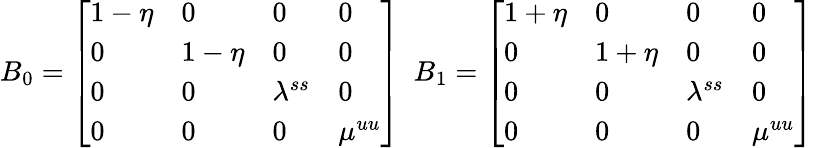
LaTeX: B_{0}=\left[\begin{array}{llll}{1-\eta}&{0}&{0}&{0}\\ {0}&{1-\eta}&{0}&{0}\\ {0}&{0}&{\lambda^{ss}}&{0}\\ {0}&{0}&{0}&{\mu^{uu}}\end{array}\right]\ \ B_{1}=\left[\begin{array}{llll}{1+\eta}&{0}&{0}&{0}\\ {0}&{1+\eta}&{0}&{0}\\ {0}&{0}&{\lambda^{ss}}&{0}\\ {0}&{0}&{0}&{\mu^{uu}}\end{array}\right]